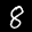
Label: 8